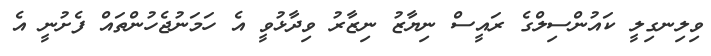
ވިލިނގިލީ ކައުންސިލްގެ ރައީސް ނިޔާޒު ނިޒާރު ވިދާޅުވީ އެ ހަމަނުޖެހުންތައް ފެށުނީ އެ